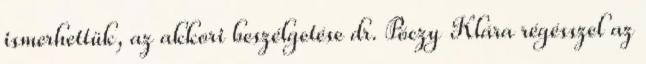
ismerhettük, az akkori beszélgetése dr. Póczy Klára régésszel az